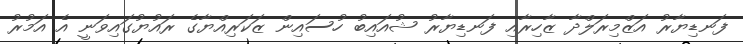
ފަނޑިޔާރު އަޒްމިރަލްދާ ޒާހިރާއި ފަނޑިޔާރު ޝުއައިބު ހުސައިން ޒަކަރިއްޔާގެ ރައުޔުގައިވަނީ އެ އަމުރު